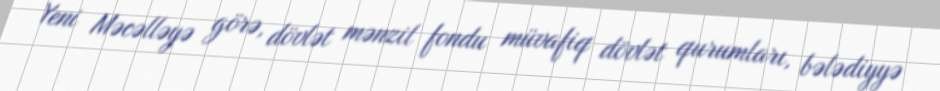
Yeni Məcəlləyə görə, dövlət mənzil fondu müvafiq dövlət qurumları, bələdiyyə